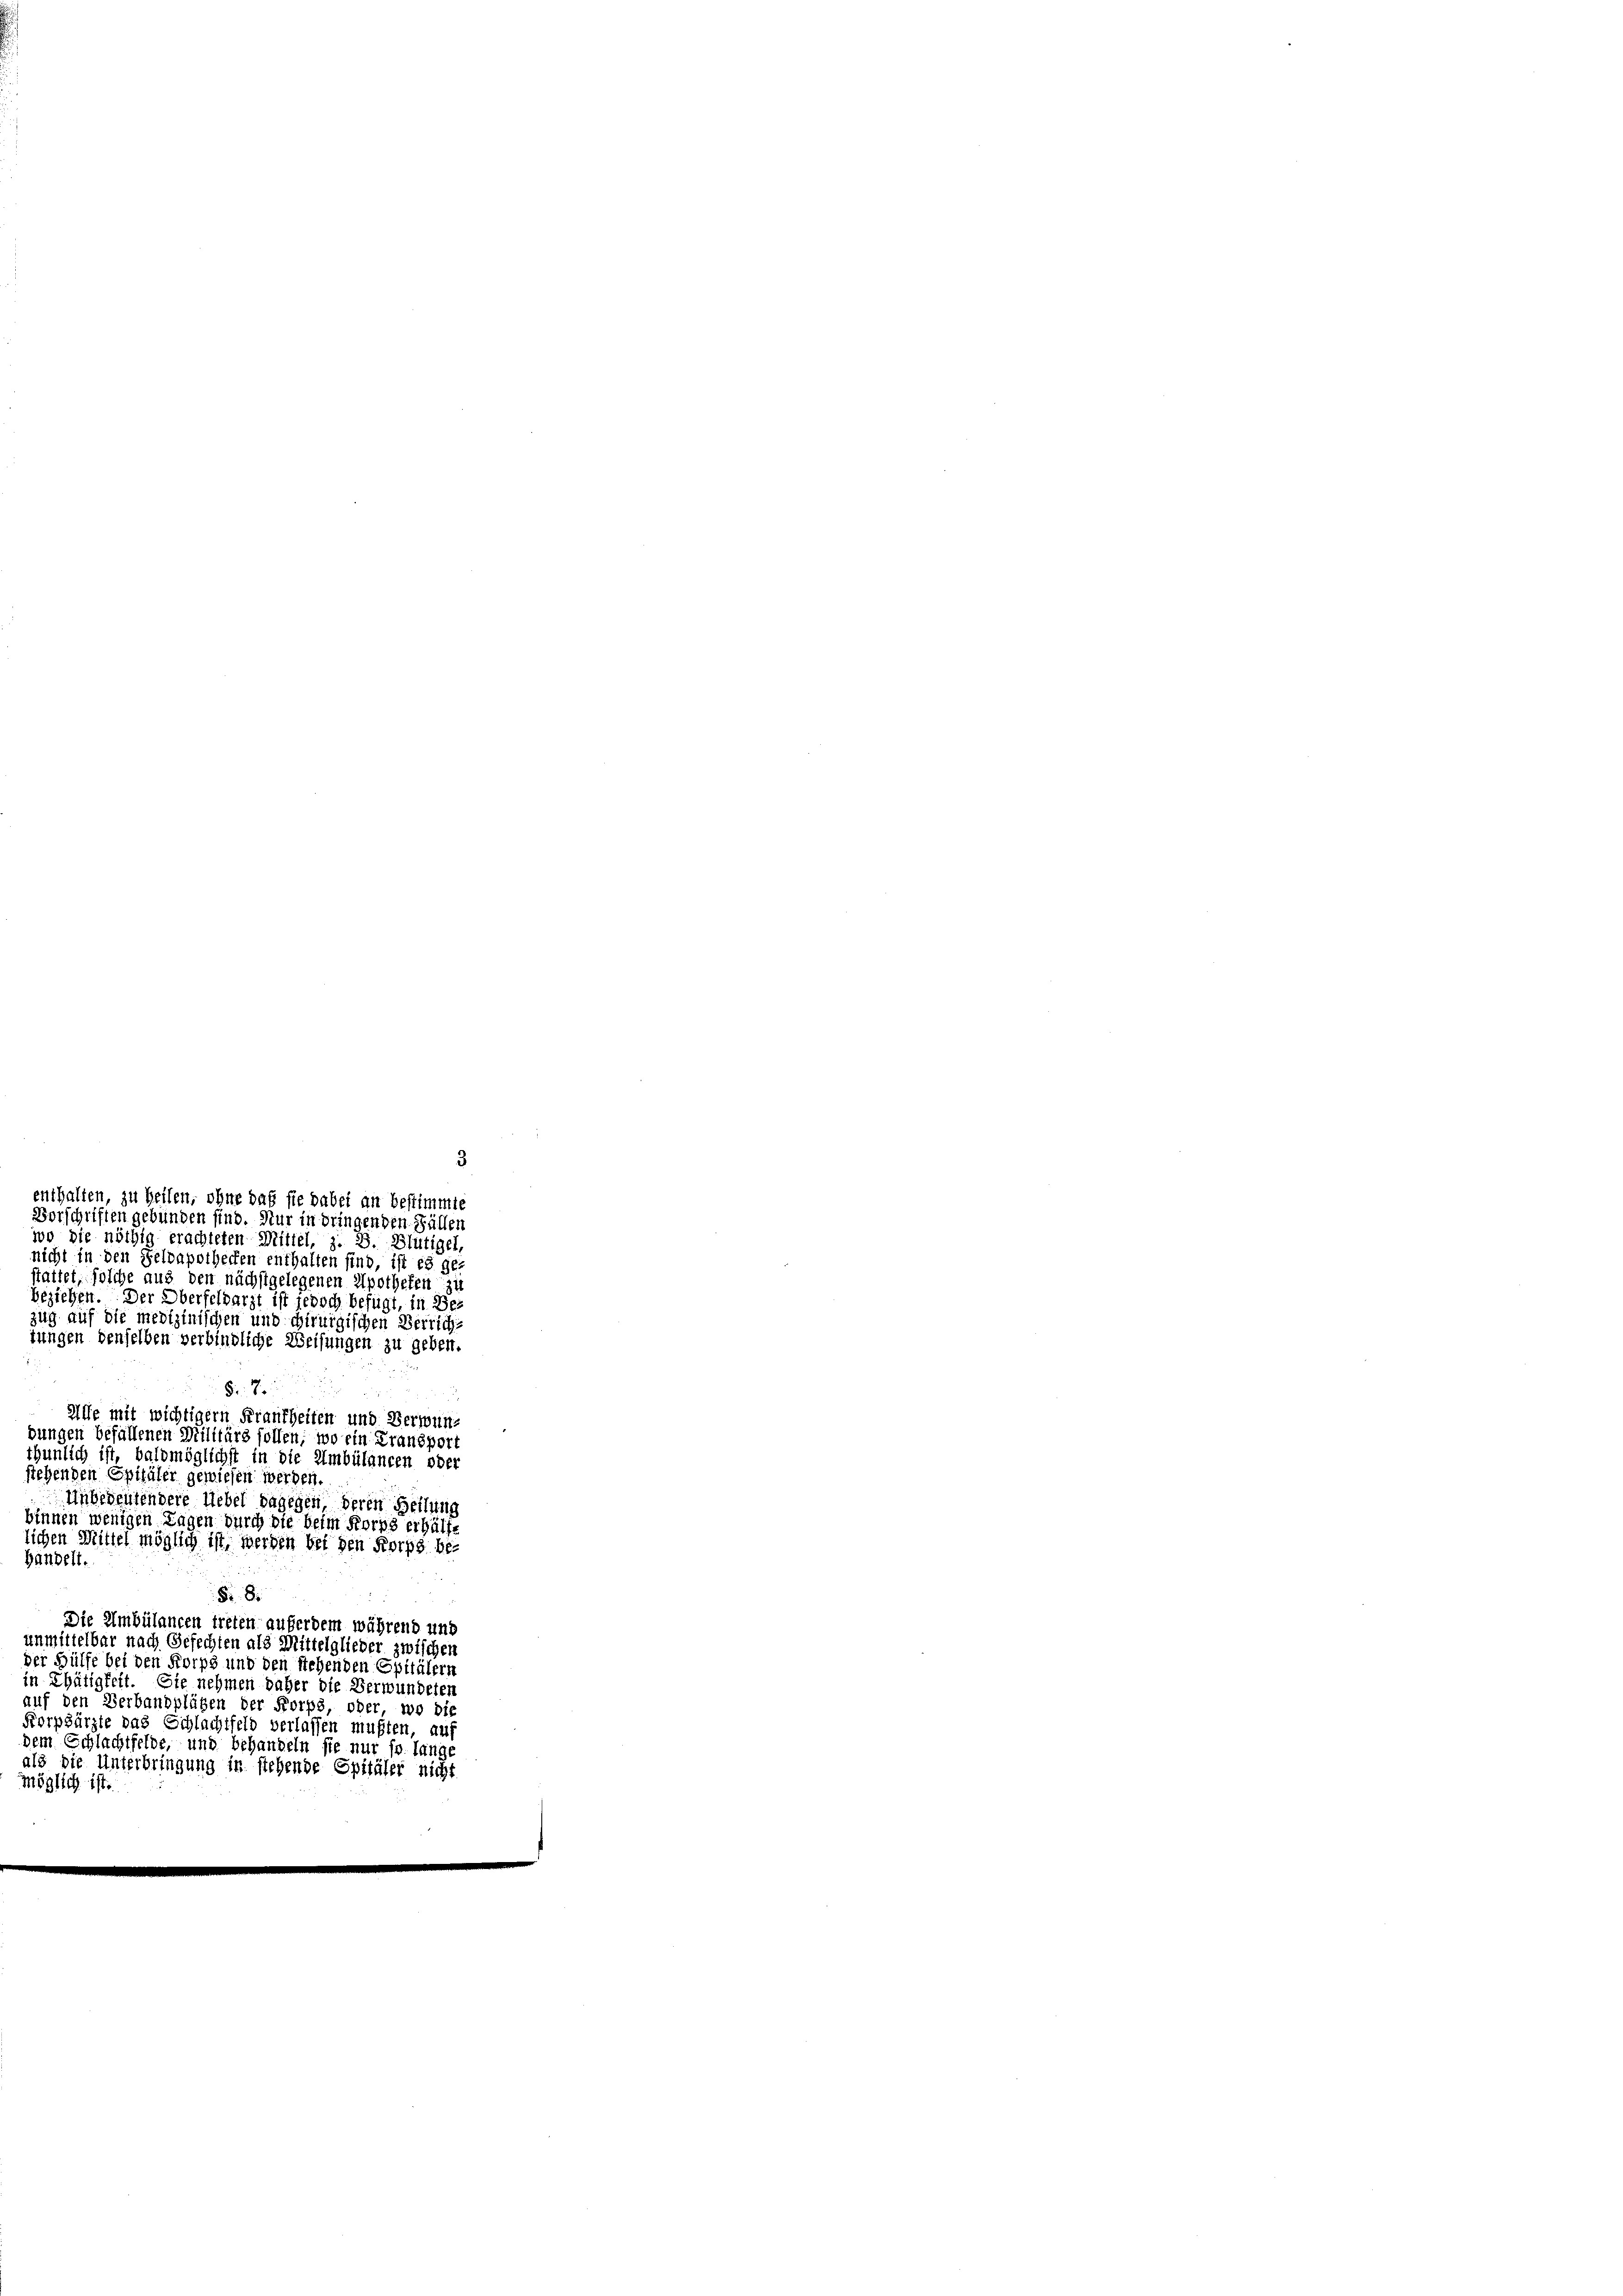
möglich ist.

3
enthalten, zu heilen, ohne das sie dabei an bestimmte
Vorschriften gebünden sind. Nur in dringenden Fällen
wo die nöthig erachteten Mittel, z. B. Blutigel,
nicht in den Selvapothecken enthalten sind, ist es getattet, solche aus den nächstgelegenen Apothefen zu
beziehen. Der Oberfeldarzt ist jedoch befügt, in Bezug auf die medizinischen und chirurgischen Verrichs
tungen denselben verbindliche Weisungen zu geben.
§ 7.
u
Alle mit wichtiger Frankheiten und Verwunbungen befällenen Militärs sollen, wo ein Fransport
thunlich ist, baldmöglichst in die Ambülancen oder
stehenden Spitäler gewiesen werden
Unbedeutendere Uebel dagegen, deren Beilung
binnen wenigen Tagen durch die beim Korps erhält-
lichen Mittel möglich ist, werden bei den Korps be¬
Handelt
§.8.
Die Ambülancen treten auferdem während und
unmittelbar nach Gefechten als Mittelglieder zwischen
der Hülfe bei den Korps und den stehenden Epitälern
in Thätigkeit. Sie nehmen daher die Verwundeten
auf den Verbandplügen der Korps oder wo die
Korpsärzte das Schlachtfeld verlassen mußten, auf
dem Schlachtfelde, und behandeln sie nur so lang,
als die Unterbringung in stehende Spitäler nicht